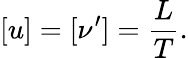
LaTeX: [u]=[\nu^{\prime}]=\frac{L}{T}.